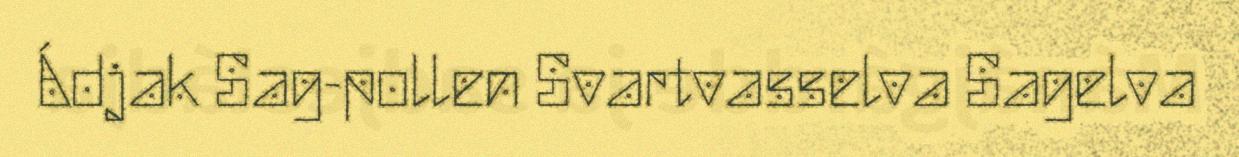
Ádjak Sag-pollen Svartvasselva Sagelva